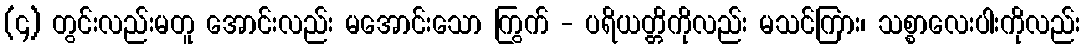
(၄) တွင်းလည်းမတူ အောင်းလည်း မအောင်းသော ကြွက် - ပရိယတ္တိကိုလည်း မသင်ကြား၊ သစ္စာလေးပါးကိုလည်း